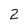
Character: 2